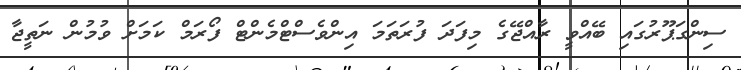
ސިންގަޕޫރުގައި ބޭއްވީ ރާއްޖޭގެ މިފަދަ ފުރަތަމަ އިންވެސްޓްމެންޓް ފޯރަމް ކަމަށް ވުމުން ނަތީޖާ